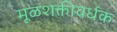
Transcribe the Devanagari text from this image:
मूळशक्तीवर्धक